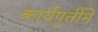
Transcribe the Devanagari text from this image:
कार्यपूर्तीने